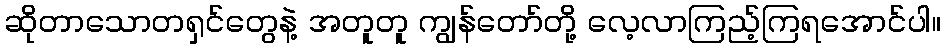
ဆိုတာသောတရှင်တွေနဲ့ အတူတူ ကျွန်တော်တို့ လေ့လာကြည့်ကြရအောင်ပါ။